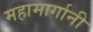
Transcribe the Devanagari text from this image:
महामार्गानी